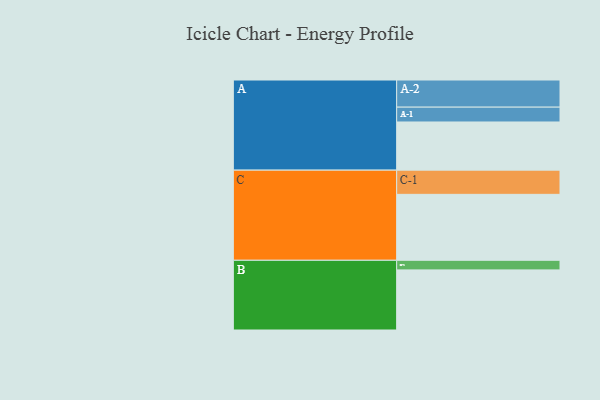
{"axis": {"x": "Segment", "y": "Value"}, "legend": ["", "A", "B", "C"], "data": [{"x": "A", "y": 396, "type": ""}, {"x": "B", "y": 494, "type": ""}, {"x": "C", "y": 542, "type": ""}, {"x": "A-1", "y": 122, "type": "A"}, {"x": "A-2", "y": 223, "type": "A"}, {"x": "B-1", "y": 79, "type": "B"}, {"x": "C-1", "y": 199, "type": "C"}]}